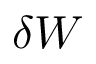
\delta W